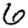
Digit: 6